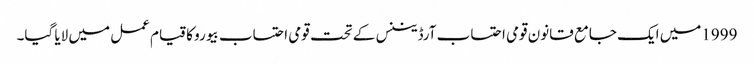
1999میں ایک جامع قانون قومی احتساب آرڈیننس کے تحت قومی احتساب بیورو کا قیام عمل میں لایا گیا۔